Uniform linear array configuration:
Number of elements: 8
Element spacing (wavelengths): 0.5
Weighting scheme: blackman
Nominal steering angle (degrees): -45
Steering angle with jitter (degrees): -43.137
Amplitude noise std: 0.05
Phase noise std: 0.05

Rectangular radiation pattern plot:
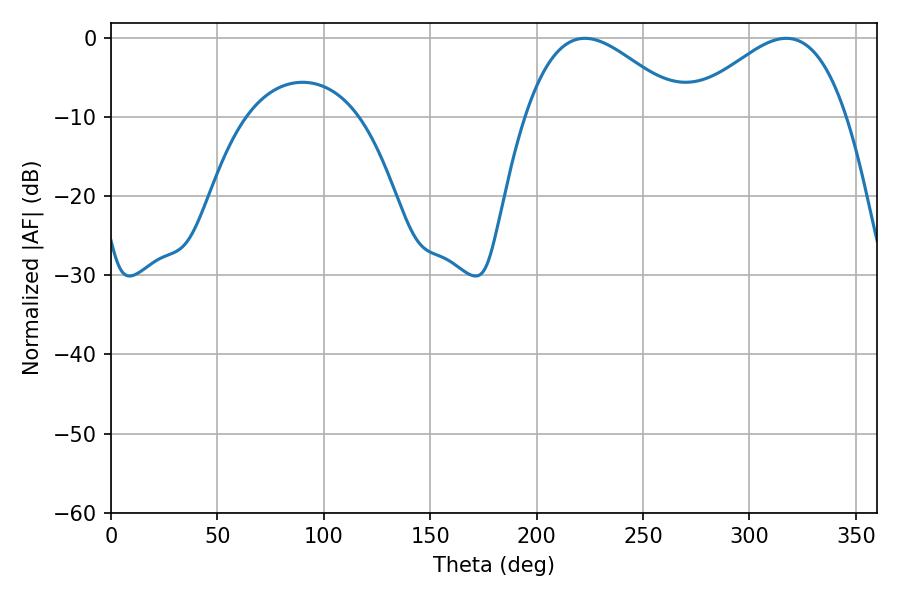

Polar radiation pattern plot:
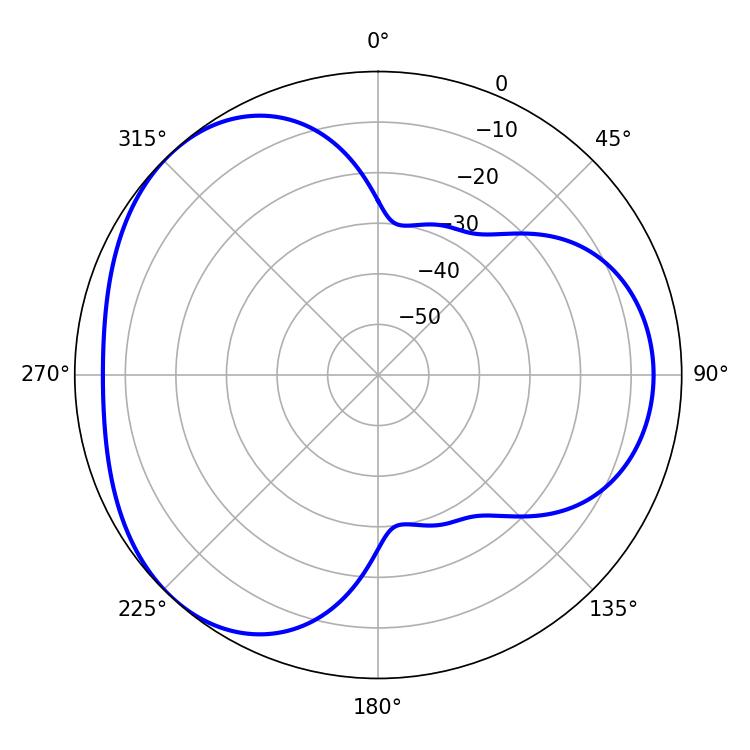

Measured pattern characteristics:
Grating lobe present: FALSE
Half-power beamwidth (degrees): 40.14
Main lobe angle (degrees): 222.66